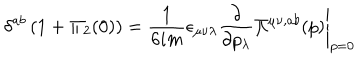
LaTeX: \delta ^ { a b } \, ( 1 + \Pi _ { 2 } ( 0 ) ) = { \frac { 1 } { 6 i m } } \epsilon _ { \mu \nu \lambda } \left. { \frac { \partial } { \partial p _ { \lambda } } } \Pi ^ { \mu \nu , a b } ( p ) \right| _ { p = 0 }